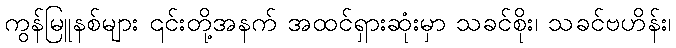
ကွန်မြူနစ်များ ၎င်းတို့အနက် အထင်ရှားဆုံးမှာ သခင်စိုး၊ သခင်ဗဟိန်း၊